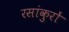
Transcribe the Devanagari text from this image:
रसांकुरों